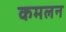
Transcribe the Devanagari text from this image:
कमलन